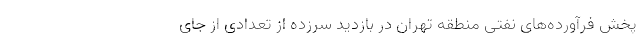
پخش فرآورده‌های نفتی منطقه تهران در بازدید سرزده از تعدادی از جای